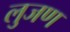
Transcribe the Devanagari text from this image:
लुजण